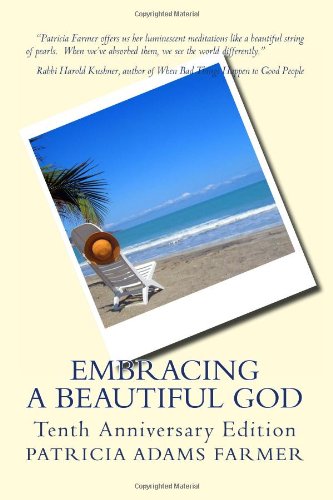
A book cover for Embracing a Beautiful God:  Tenth Anniversary Edition; Patricia Adams Farmer; Christian Books & Bibles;